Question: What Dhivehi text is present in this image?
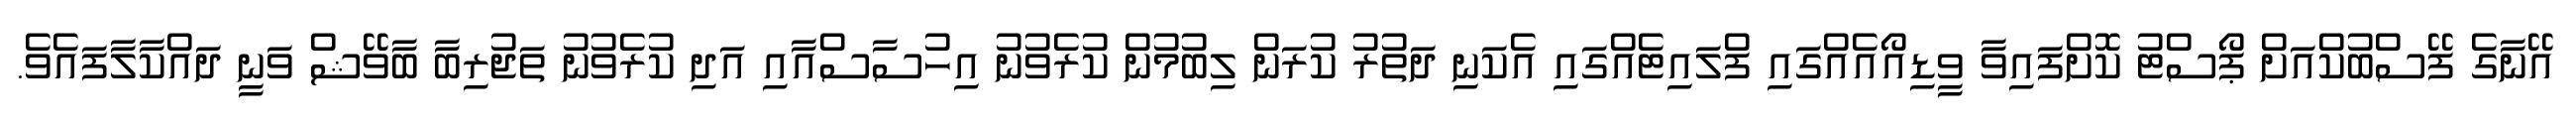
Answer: އޭނާގެ ފޭސްބުކްއަށް ޕޯސްޓު ކޮށްފައިވާ ވީޑިއޯއެއްގައި ފްލައިޓެއްގައި އެކަނި ދަތުރު ކުރަން ލިބުމުން ކުރެވުނު އިހުސާސްއާއި އަދި ކުރެވުނު ތަޖުރިބާ ބާވޭޝް ވަނީ ދައްކާލާފައެވެ.